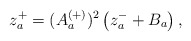
\begin{align*} z_a^+ = (A_a^{(+)})^2 \left( z_a^- + B_a \right),\end{align*}